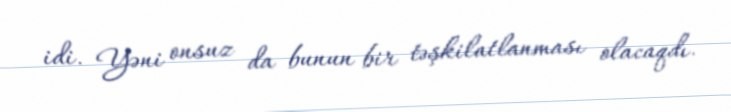
idi. Yəni onsuz da bunun bir təşkilatlanması olacaqdı.